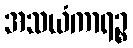
အသယံကာရဉ္စ